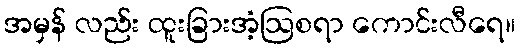
အမှန် လည်း ထူးခြားအံ့ဩစရာ ကောင်းလီရေ။